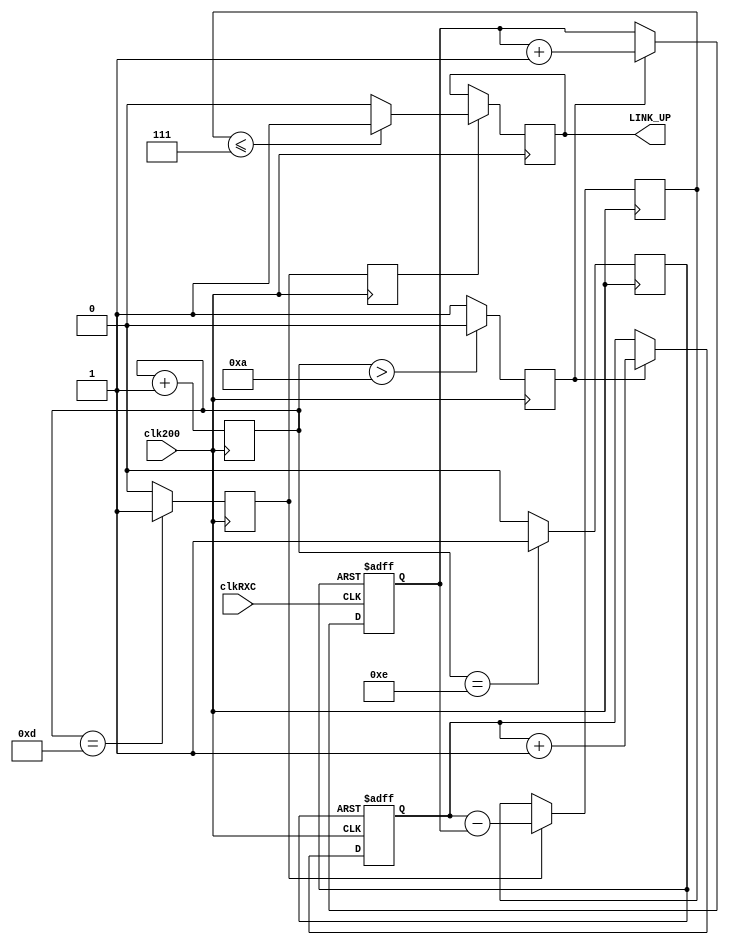
module EthLinkAnalyser200 
(
	input clk200,
	input clkRXC,
	output LINK_UP
);

	reg [3:0] State=1'b0;
	reg Start=1'b0;
	reg ACLR=1'b0;
	reg Compare=1'b0;
	reg CompareD=1'b0;
	reg [3:0] REG200=1'b0;
	reg [3:0] REGRXC=1'b0;
	reg [4:0] Result=1'b0;
	reg LinkUp=1'b0;

always @ (posedge clk200)
begin
State<=State+1'b1;
if (State >4'b01010)Start<=1'b0; else Start<=1'b1;
if (State==4'b01101)Compare<=1'b1; else Compare<=1'b0;
if (State==4'b01110)ACLR <=1'b1; else ACLR <=1'b0; 
CompareD<=Compare;
if (Compare)Result<=REG200-REGRXC;
if (CompareD)
	begin
		if((Result<=5'b00111))LinkUp<=1'b1; else LinkUp<=1'b0;
	end
end

always @ (posedge clk200 or posedge ACLR)
begin
if (ACLR) REG200<=1'b0;
	else if (Start) REG200<=REG200+1'b1;
end


always @ (posedge clkRXC or posedge ACLR)
begin
if (ACLR) REGRXC<=1'b0;
	else if (Start) REGRXC<=REGRXC+1'b1;
end

	assign LINK_UP = LinkUp;

endmodule